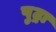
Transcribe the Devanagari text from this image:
पुट्रा